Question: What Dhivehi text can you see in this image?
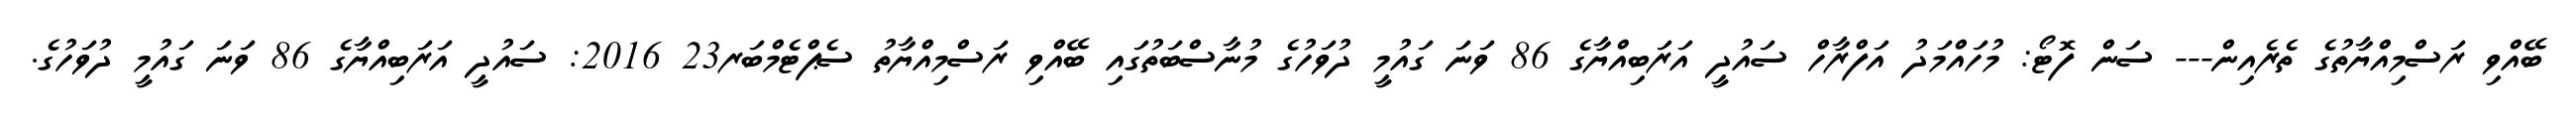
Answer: ބޭއްވި ރަސްމިއްޔާތުގެ ތެރެއިން--- ސަން ފޮޓޯ: މުހައްމަދު އަފްރާހް ސައުދީ އަރަބިއްޔާގެ 86 ވަނަ ގައުމީ ދުވަހުގެ މުނާސްބަތުގައި ބޭއްވި ރަސްމިއްޔާތު ސެޕްޓެމްބަރ23 2016: ސައުދީ އަރަބިއްޔާގެ 86 ވަނަ ގައުމީ ދުވަހުގެ.